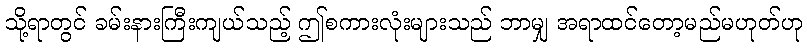
သို့ရာတွင် ခမ်းနားကြီးကျယ်သည့် ဤစကားလုံးများသည် ဘာမျှ အရာထင်တော့မည်မဟုတ်ဟု